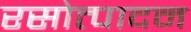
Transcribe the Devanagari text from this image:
रसोत्पादन